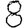
Digit: 8